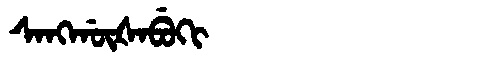
Manchu: ᠰᠠᠩᡤᡡᡧᠠᠪᡠᡴᡳ
Romanization: SANGGŪŠABUKI